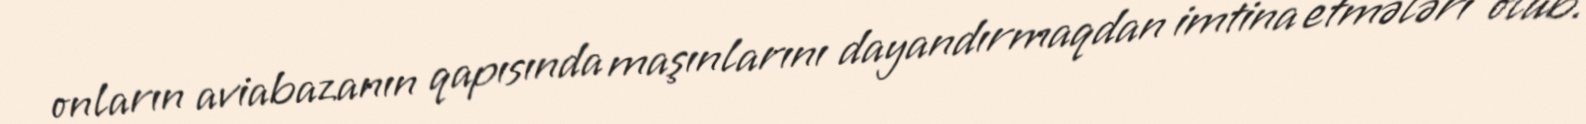
onların aviabazanın qapısında maşınlarını dayandırmaqdan imtina etmələri olub.